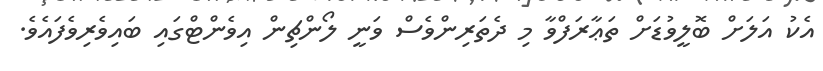
އެކު އަލަށް ބޮލީވުޑަށް ތަޢާރަފްވާ މި ދެތަރިންވެސް ވަނީ ލޯންޗިން އިވެންޓްގައި ބައިވެރިވެފައެވެ.